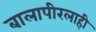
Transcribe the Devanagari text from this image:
बालापीरलाही